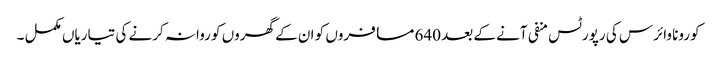
کورونا وائرس کی رپورٹس منفی آنے کے بعد 640 مسافروں کو ان کے گھروں کو روانہ کرنے کی تیاریاں مکمل ۔